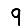
Digit: 9